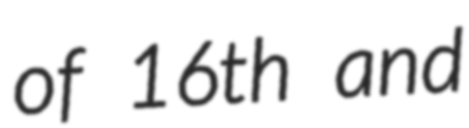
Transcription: of 16th and